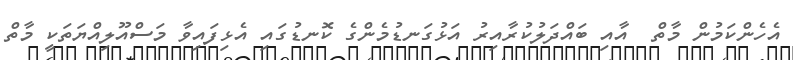
އެހެންކަމުން މާތް  އާއި ބައްދަލުކުރާއިރު އަޅުގަނޑުމެންގެ ކޮނޑުގައި އެޅިފައިވާ މަސްއޫލިއްޔަތަކީ މާތް